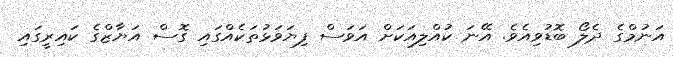
އަނުމްގެ ދެލޯ ބޮޑުވިއެވެ. އޭނަ ކުއްލިއަކަށް އަވަސް ފިޔަވަޅުތަކެއްގައި ގޮސް އަޔާޒްގެ ކައިރީގައި